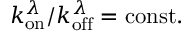
k _ { \mathrm { o n } } ^ { \lambda } / k _ { \mathrm { o f f } } ^ { \lambda } = \mathrm { c o n s t . }